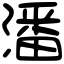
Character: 潘